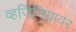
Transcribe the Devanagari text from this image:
व्हर्जिनियावर